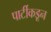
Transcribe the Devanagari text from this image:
पार्टीकडून